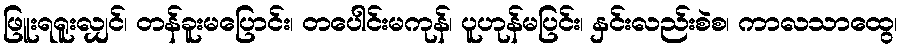
ဖြူးရရူးလျှင်၊ တန်ခူးမပြောင်း၊ တပေါင်းမကုန်၊ ပူဟုန်မပြင်း၊ နှင်းလည်းစဲစ၊ ကာလသာထွေ၊